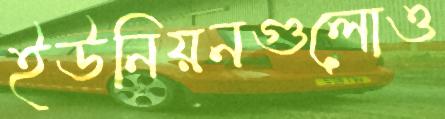
ইউনিয়নগুলোও